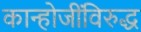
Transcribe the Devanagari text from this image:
कान्होजींविरुद्ध